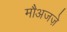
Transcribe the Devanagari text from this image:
मौअजज़े